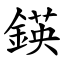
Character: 鍈